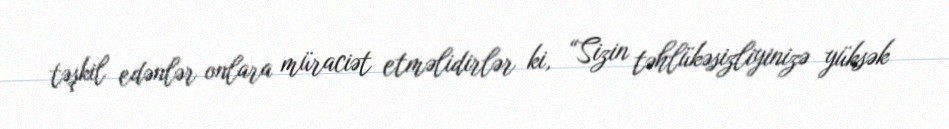
təşkil edənlər onlara müraciət etməlidirlər ki, “Sizin təhlükəsizliyinizə yüksək